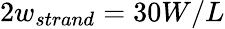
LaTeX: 2w_{strand}=30W/L